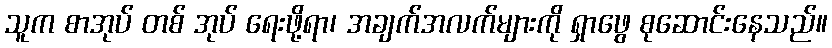
သူက စာအုပ် တစ် အုပ် ရေးဖို့ရာ၊ အချက်အလက်များကို ရှာဖွေ စုဆောင်းနေသည်။